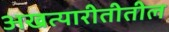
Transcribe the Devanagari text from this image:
अखत्यारीतीतील